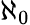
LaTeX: \aleph_{0}